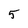
Character: 5